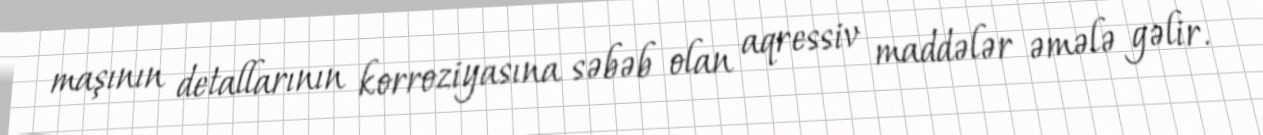
maşının detallarının korroziyasına səbəb olan aqressiv maddələr əmələ gəlir.